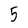
Character: 5